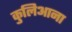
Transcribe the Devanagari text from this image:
कुलिआना